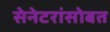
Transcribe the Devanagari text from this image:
सेनेटरांसोबत